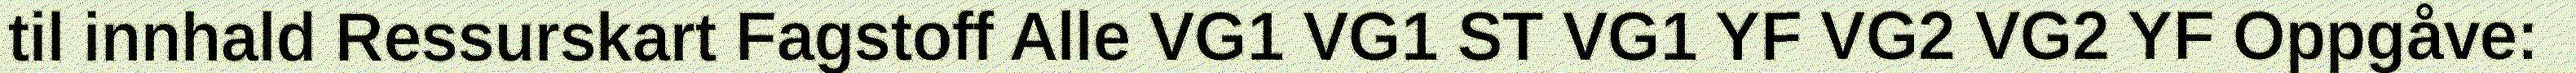
til innhald Ressurskart Fagstoff Alle VG1 VG1 ST VG1 YF VG2 VG2 YF Oppgåve: